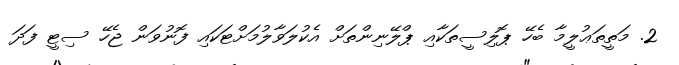
2. މަތީތަޢުލީމާ ބެހޭ ޕޮލިސީތަކާއި ޕްލޭނިންތަށް އެކުލަވާލުމަށްޓަކައި ފޮނުވަން ޖެހޭ ސިޓީ ފަދަ